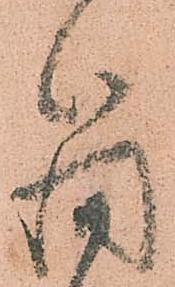
簡